Scottish Leaving Certificate Examination, 1960
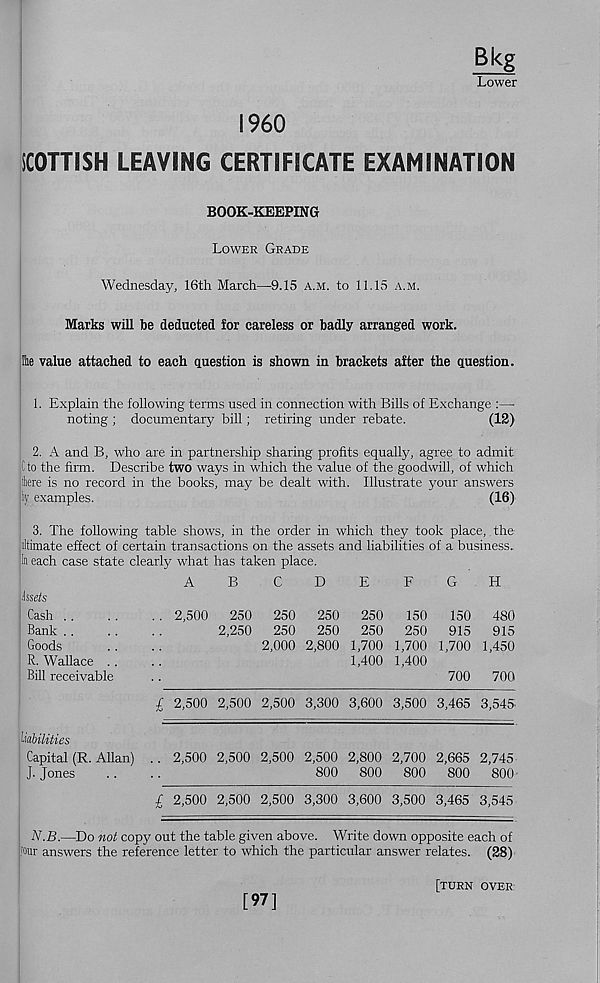
Bkg
Lower
I960
SCOTTISH LEAVING CERTIFICATE EXAMINATION
■
BOOK-KEEPING
Lower Grade
Wednesday, 16th March—9.15 a.m. to 11.15 a.m.
Marks will be deducted for careless or badly arranged work.
Ihe value attached to each question is shown in brackets after the question.
1. Explain the following terms used in connection with Bills of Exchange :—
noting ; documentary hill; retiring under rebate.
(12)
2. A and B, who are in partnership sharing profits equally, agree to admit
Cto the firm. Describe two ways in which the value of the goodwill, of which
iliere is no record in the books, may be dealt with. Illustrate your answers
examples.
(16)
3. The following table shows, in the order in which they took place,. the
iltimate effect of certain transactions on the assets and liabilities of a business.
| In each case state clearly what has taken place.
Isseis
Cash ..
Bank ..
Goods
R. Wallace . .
Bill receivable
liabilities
Capital (R. Allan)
J. Jones
AB
CDEFGH
2,500 250 250 250 250
150
150 480
2,250 250 250 250 250 915 915
2,000 2,800 1,700 1,700 1,700 1,450
1,400 1,400
700 700
£ 2,500 2,500 2,500 3,300 3,600 3,500 3,465 3,545
.. 2,500 2,500 2,500 2,500 2,800 2,700 2,665 2,745
800 800 800 800 800
£ 2,500 2,500 2,500 3,300 3,600 3,500 3,465 3,545
N.B.—Do not copy out the table given above. Write down opposite each of
Four answers the reference letter to which the particular answer relates. (28)
[97]
[turn over